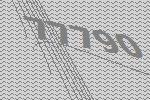
77790